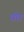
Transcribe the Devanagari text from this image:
धोर